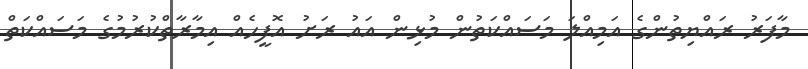
މާފަރު ރައްޔިތުންގެ އަމިއްލަ މަސައްކަތުން މުޅިން އައު ރަށު އޮފީހެއް އިމާރާތްކުރުމުގެ މަސައްކަތް